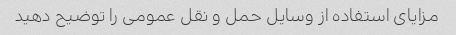
مزایای استفاده از وسایل حمل و نقل عمومی را توضیح دهید